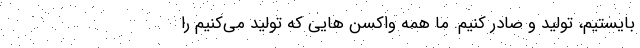
بایستیم، تولید و صادر کنیم. ما همه واکسن هایی که تولید می‌کنیم را